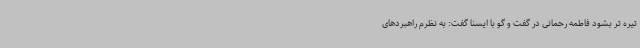
تیره تر بشود فاطمه رحمانی در گفت و گو با ایسنا گفت: به نظرم راهبردهای